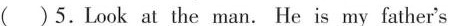
( )5.Look at the man. He is my father's